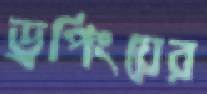
ড্রপিংয়ের